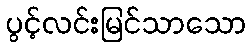
ပွင့်လင်းမြင်သာသော